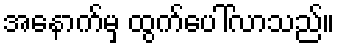
အနောက်မှ ထွက်ပေါ်လာသည်။